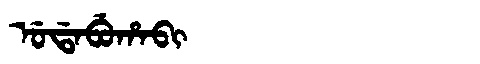
Manchu: ᡠᡩᠠᠪᡠᡥᠠᠪᡳ
Romanization: UDABUHABI